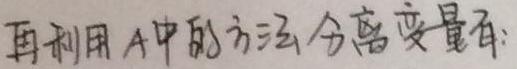
再利用A中的方法分离变量有: